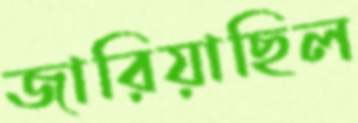
জারিয়াছিল